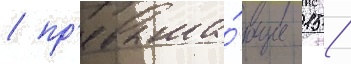
/ пр'евыша́ющие 15 /